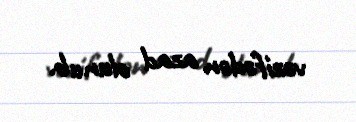
vəzifədən azad olunub.